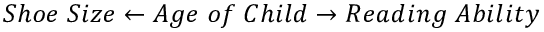
S h o e \; S i z e \leftarrow A g e \; o f \; C h i l d \rightarrow R e a d i n g \; A b i l i t y